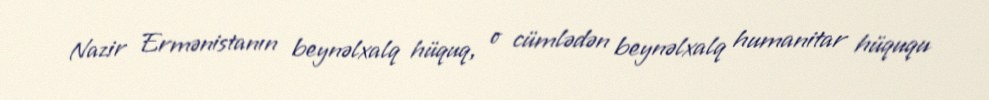
Nazir Ermənistanın beynəlxalq hüquq, o cümlədən beynəlxalq humanitar hüququ